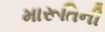
મારૂતિની